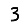
Digit: 3